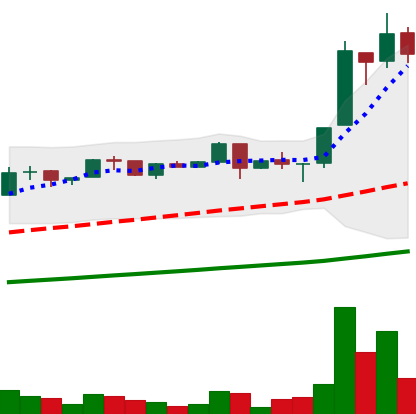
Ticker: LTC-USD
Chart end date: 2017-06-20
Forward return: -6.972%
Label: down_5_7